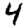
Digit: 4